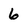
Character: 6